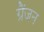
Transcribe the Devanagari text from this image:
ग्रैंजन